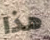
هذا